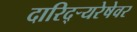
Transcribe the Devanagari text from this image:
दारिद्र्‍यरेषेवर